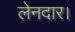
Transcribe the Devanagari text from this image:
लेनदार।